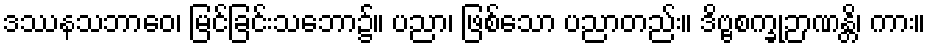
ဒဿနသဘာဝေ၊ မြင်ခြင်းသဘော၌။ ပညာ၊ ဖြစ်သော ပညာတည်း။ ဒိဗ္ဗစက္ခုဉာဏန္တိ၊ ကား။